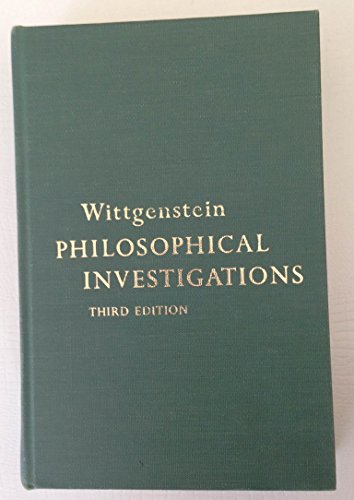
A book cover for Philosophical Investigations. 3rd Edition.; Ludwig Wittgenstein; Politics & Social Sciences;